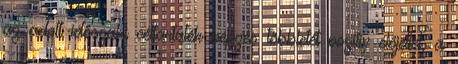
az adott időszaki céltartalék képzés többletét pozitív előjellel, a